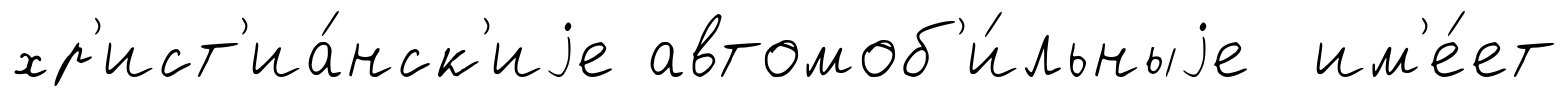
хр'ист'иа́нск'иjе автомоб'и́льныjе им'е́ет